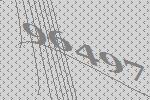
96497